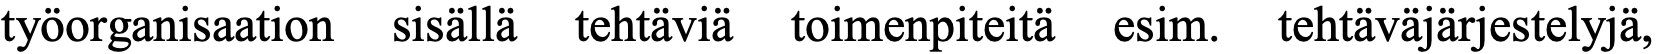
työorganisaation sisällä tehtäviä toimenpiteitä esim. tehtäväjärjestelyjä,